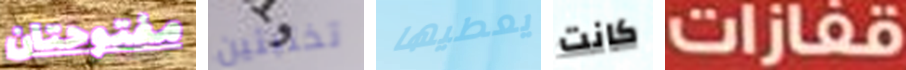
مفتوحتان تختبئين يعطيها كانت قفازات